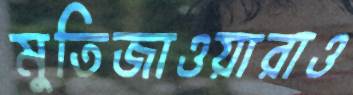
মুতিজাওয়ারাও